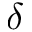
\delta